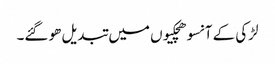
لڑکی کے آنسو ھچکیوں میں تبدیل ھو گئے۔